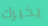
يخبرك